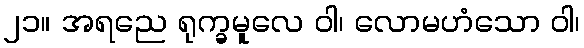
၂၁။ အရညေ ရုက္ခမူလေ ဝါ၊ လောမဟံသော ဝါ၊